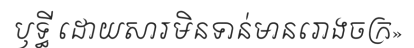
ឫទ្ធី ដោយសារមិនទាន់មានរោងចក្រ»